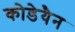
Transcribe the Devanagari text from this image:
कोडेयैन